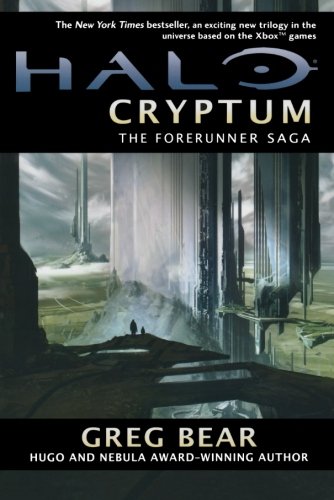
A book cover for Halo: Cryptum: Book One of the Forerunner Saga; Greg Bear; Literature & Fiction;